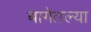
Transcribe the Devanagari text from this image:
बागेतल्या